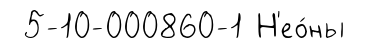
5-10-000860-1 Н'ео́ны